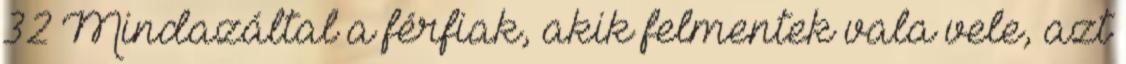
32 Mindazáltal a férfiak, akik felmentek vala vele, azt